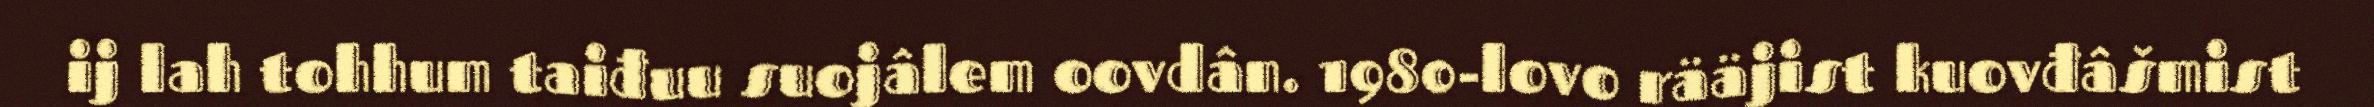
ij lah tohhum taiđuu suojâlem oovdân. 1980-lovo rääjist kuovđâšmist